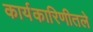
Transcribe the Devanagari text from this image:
कार्यकारिणीतले